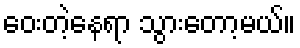
ဝေးတဲ့နေရာ သွားတော့မယ်။